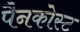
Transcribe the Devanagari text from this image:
पैनकोस्ट